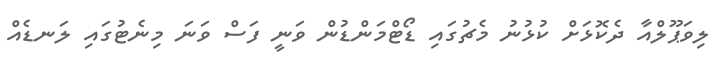
ލިވަޕޫލްއާ ދެކޮޅަށް ކުޅުނު މެޗުގައި ޑޯޓްމަންޑުން ވަނީ ފަސް ވަނަ މިނެޓުގައި ލަނޑެއް